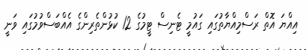
އިއްޔަ އޮތް ރަސްމިއްޔާތުގައި ގައުމީ ޓެނިސް ޓީމުގެ 12 ކުޅުންތެރިންގެ އެއްބަސްވުމުގައި ވަނީ